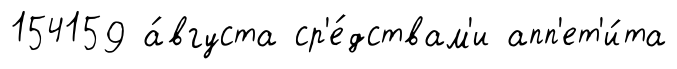
154159 а́вгуста ср'е́дствам'и апп'ет'и́та